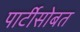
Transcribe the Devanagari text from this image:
पार्टीसोबत